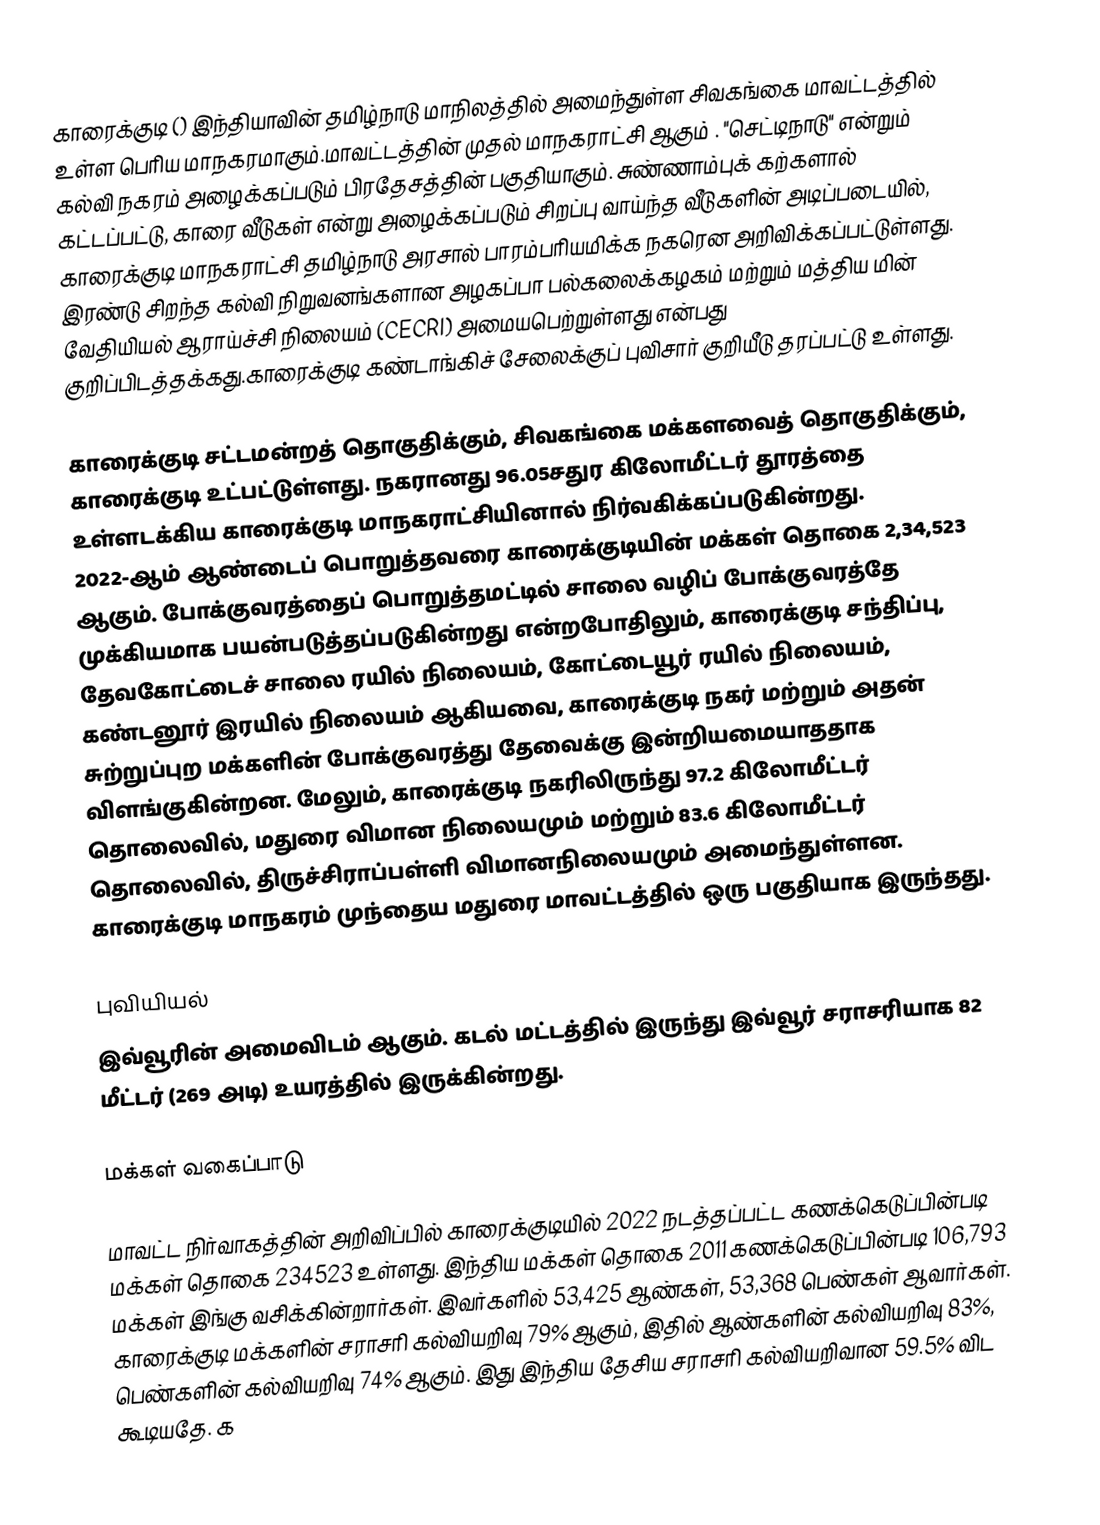
காரைக்குடி () இந்தியாவின் தமிழ்நாடு மாநிலத்தில் அமைந்துள்ள சிவகங்கை மாவட்டத்தில் உள்ள பெரிய மாநகரமாகும்.மாவட்டத்தின் முதல் மாநகராட்சி ஆகும் . "செட்டிநாடு" என்றும் கல்வி நகரம் அழைக்கப்படும் பிரதேசத்தின் பகுதியாகும். சுண்ணாம்புக் கற்களால் கட்டப்பட்டு, காரை வீடுகள் என்று அழைக்கப்படும் சிறப்பு வாய்ந்த வீடுகளின் அடிப்படையில், காரைக்குடி மாநகராட்சி தமிழ்நாடு அரசால் பாரம்பரியமிக்க நகரென அறிவிக்கப்பட்டுள்ளது. இரண்டு சிறந்த கல்வி நிறுவனங்களான அழகப்பா பல்கலைக்கழகம் மற்றும் மத்திய மின் வேதியியல் ஆராய்ச்சி நிலையம் (CECRI) அமையபெற்றுள்ளது என்பது குறிப்பிடத்தக்கது.காரைக்குடி கண்டாங்கிச் சேலைக்குப் புவிசார் குறியீடு தரப்பட்டு உள்ளது.

காரைக்குடி சட்டமன்றத் தொகுதிக்கும், சிவகங்கை மக்களவைத் தொகுதிக்கும், காரைக்குடி உட்பட்டுள்ளது. நகரானது 96.05சதுர கிலோமீட்டர் தூரத்தை உள்ளடக்கிய காரைக்குடி மாநகராட்சியினால் நிர்வகிக்கப்படுகின்றது. 2022-ஆம் ஆண்டைப் பொறுத்தவரை காரைக்குடியின் மக்கள் தொகை 2,34,523 ஆகும். போக்குவரத்தைப் பொறுத்தமட்டில் சாலை வழிப் போக்குவரத்தே முக்கியமாக பயன்படுத்தப்படுகின்றது என்றபோதிலும், காரைக்குடி சந்திப்பு, தேவகோட்டைச் சாலை ரயில் நிலையம், கோட்டையூர் ரயில் நிலையம், கண்டனூர் இரயில் நிலையம் ஆகியவை, காரைக்குடி நகர் மற்றும் அதன் சுற்றுப்புற மக்களின் போக்குவரத்து தேவைக்கு இன்றியமையாததாக விளங்குகின்றன. மேலும், காரைக்குடி நகரிலிருந்து 97.2 கிலோமீட்டர் தொலைவில், மதுரை விமான நிலையமும் மற்றும் 83.6 கிலோமீட்டர் தொலைவில், திருச்சிராப்பள்ளி விமானநிலையமும் அமைந்துள்ளன. காரைக்குடி மாநகரம் முந்தைய மதுரை மாவட்டத்தில் ஒரு பகுதியாக இருந்தது.

புவியியல்
இவ்வூரின் அமைவிடம்  ஆகும். கடல் மட்டத்தில் இருந்து இவ்வூர் சராசரியாக 82 மீட்டர் (269 அடி) உயரத்தில் இருக்கின்றது.

மக்கள் வகைப்பாடு

மாவட்ட நிர்வாகத்தின் அறிவிப்பில் காரைக்குடியில் 2022 நடத்தப்பட்ட கணக்கெடுப்பின்படி மக்கள் தொகை 234523 உள்ளது. இந்திய மக்கள் தொகை 2011 கணக்கெடுப்பின்படி 106,793 மக்கள் இங்கு வசிக்கின்றார்கள். இவர்களில் 53,425 ஆண்கள், 53,368 பெண்கள் ஆவார்கள். காரைக்குடி மக்களின் சராசரி கல்வியறிவு 79% ஆகும்,  இதில் ஆண்களின் கல்வியறிவு 83%,  பெண்களின் கல்வியறிவு 74% ஆகும். இது இந்திய தேசிய சராசரி கல்வியறிவான 59.5% விட கூடியதே. க